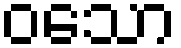
ဝသော